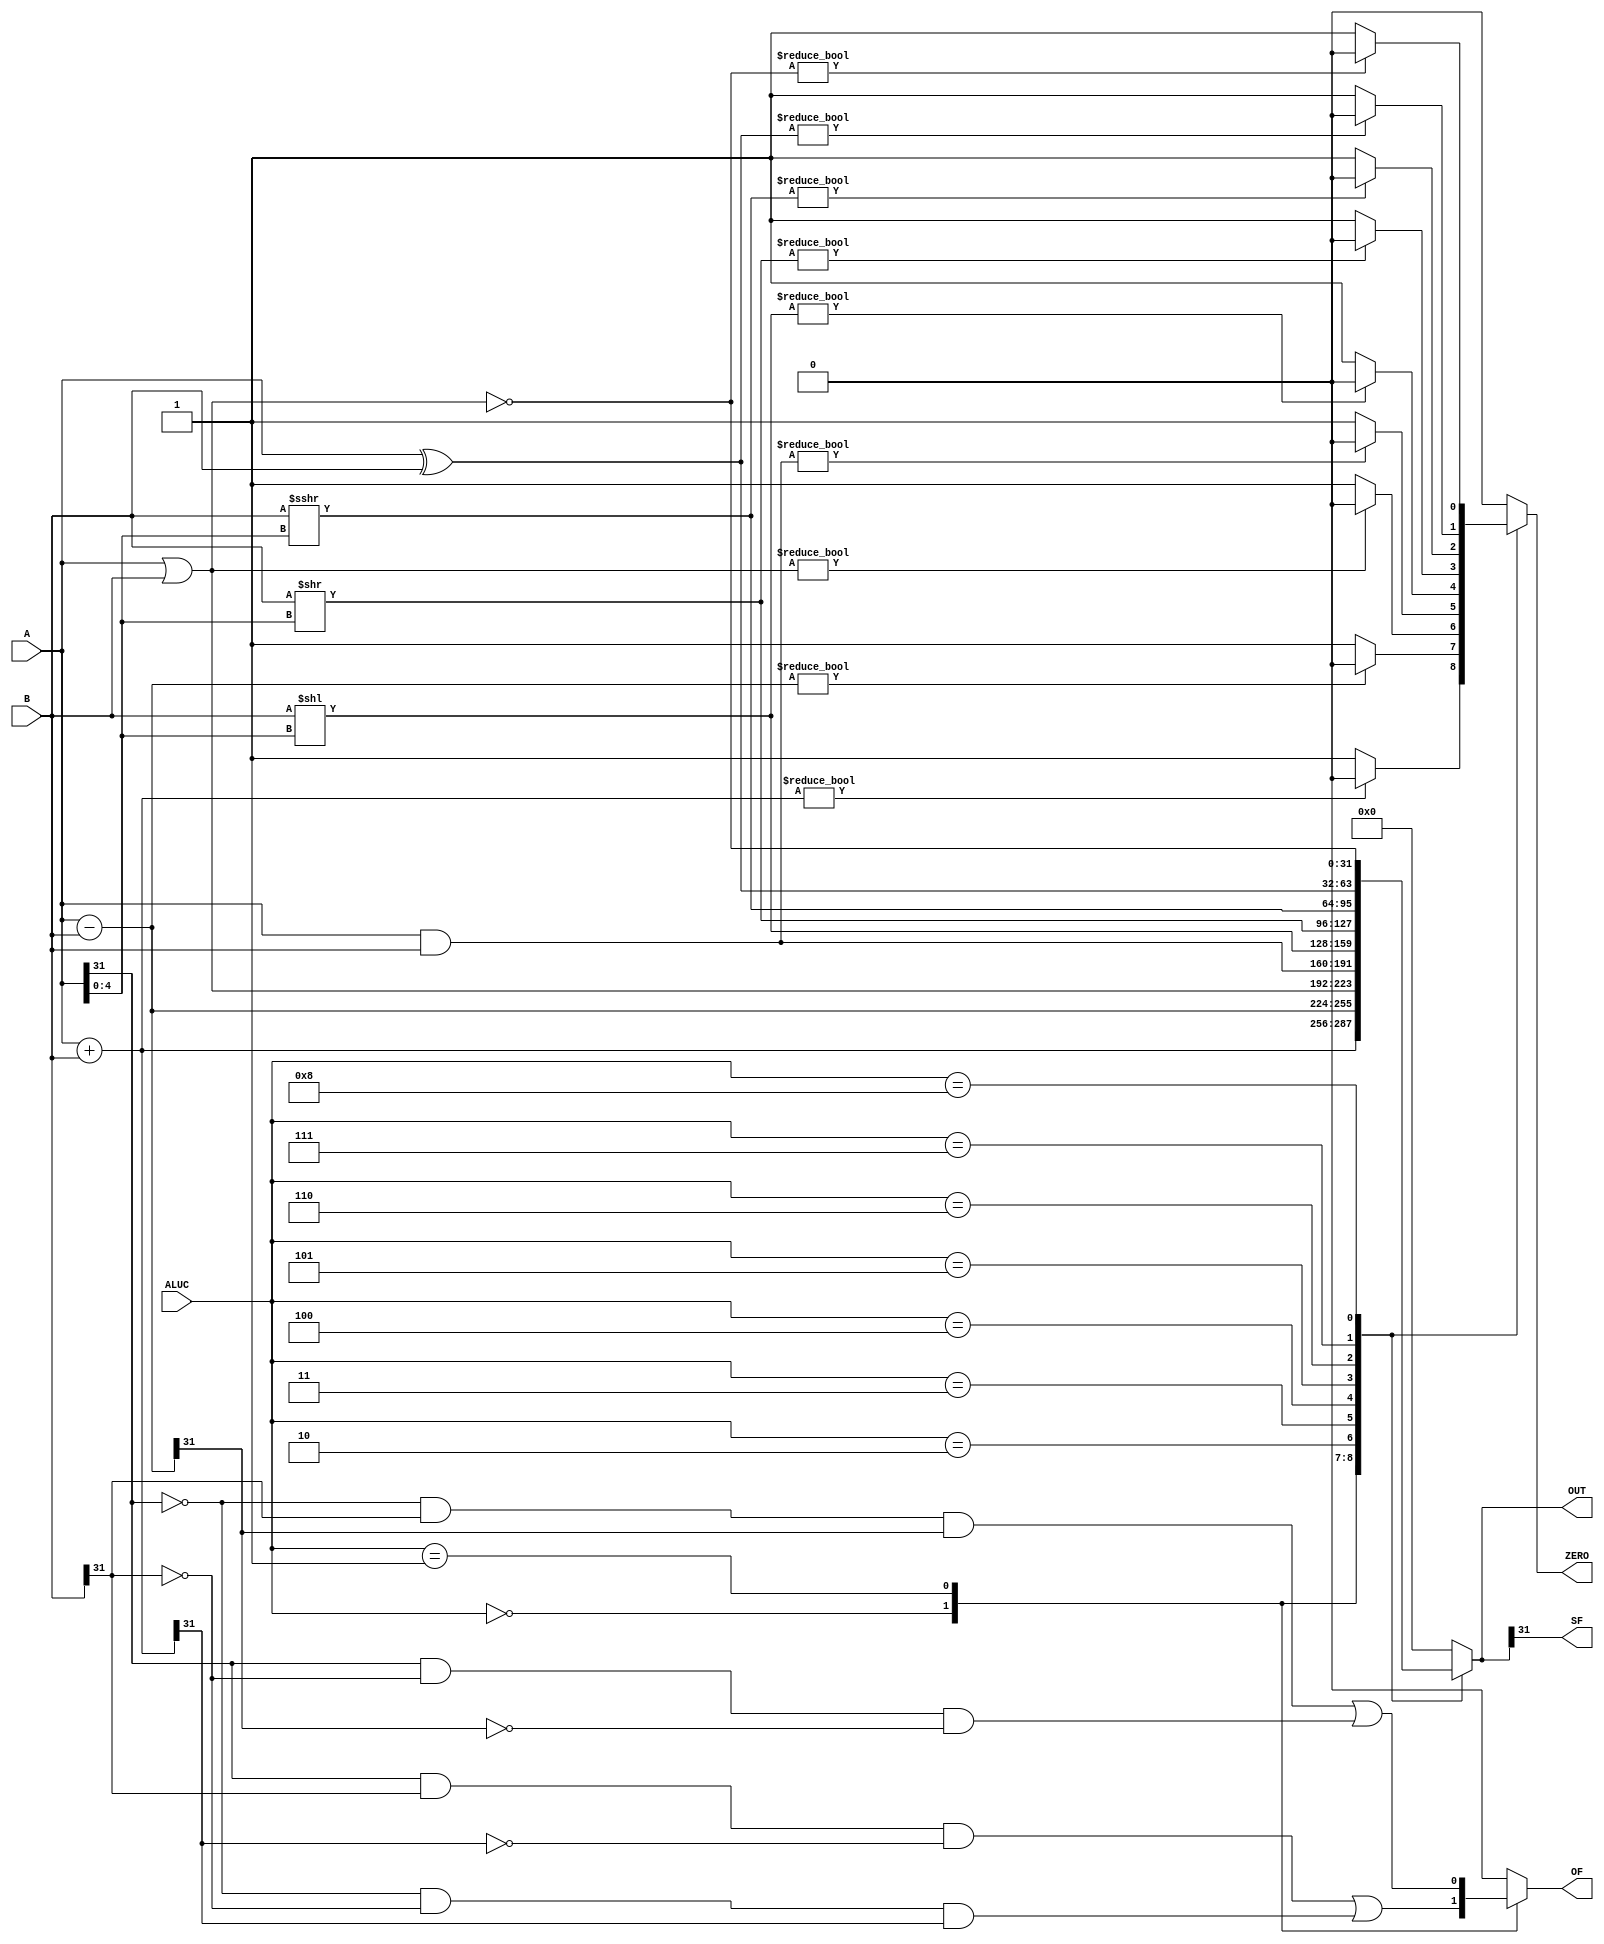
module ALU(A,B,ALUC,ZERO,OF,SF,OUT);
	input [31:0] A,B;
	input [3:0] ALUC;
	output reg ZERO , OF, SF;
	output reg [31:0] OUT;
	always @(*)
	begin
		case(ALUC)
		4'b0000:
			begin //add
				OUT = A+B;
				ZERO = (OUT)?0:1;
				OF = (A[31]&&B[31]&&!OUT[31])||(!A[31]&&!B[31]&&OUT[31]);
			end
		4'b0001: //sub
			begin
				OUT = A-B;
				ZERO = (OUT)?0:1;
				OF = (!A[31]&&B[31]&&OUT[31])||(A[31]&&!B[31]&&!OUT[31]);
			end
		4'b0010: //or
			begin
				OF = 0;
				OUT = A | B;
				ZERO = (OUT)?0:1;
			end
		4'b0011: //and
			begin
				OF = 0;
				OUT = A & B;
				ZERO = (OUT)?0:1;
			end
		4'b0100: //sll
			begin
				OF = 0;
				OUT = B << A[4:0]; //5
				ZERO = (OUT)?0:1;
			end
		4'b0101: //srl
			begin
				OF = 0;
				OUT = B >> A[4:0];
				ZERO = (OUT)?0:1;
			end
		4'b0110: //sra
			begin
				OF = 0;
				OUT = ($signed(B)) >>> A[4:0];
				ZERO = (OUT)?0:1;
			end
		4'b0111: //xor
			begin
				OF = 0;
				OUT = A ^ B;
				ZERO = (OUT)?0:1;
			end
		4'b1000: //nor
			begin
				OF = 0;
				OUT = ~(A | B);
				ZERO = (OUT)?0:1;
			end
		default:
			begin
				OUT = 0;
				OF = 0;
				ZERO = 0;
			end
		endcase
		SF = OUT[31];
	end
endmodule